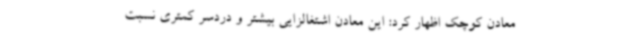
معادن کوچک اظهار کرد: این معادن اشتغالزایی بیشتر و دردسر کمتری نسبت